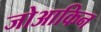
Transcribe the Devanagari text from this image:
जोआकिन